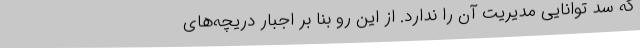
که سد توانایی مدیریت آن را ندارد. از این رو بنا بر اجبار دریچه‌های